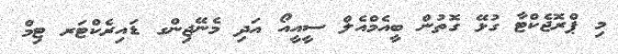
މި ޕްރޮޖެކްޓާ ގުޅޭ ގޮތުން ބީއެމްއެލް ސީއީއޯ އަދި މެނޭޖިންގ ޑައިރެކްޓަރ ޓިމް